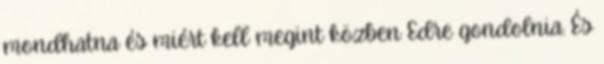
mondhatna és miért kell megint közben Edre gondolnia. És